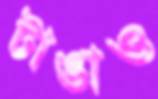
টাঙাও